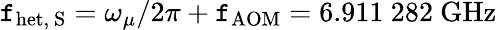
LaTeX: \mathtt{f}_{\mathrm{{het,~S}}}=\omega_{\mu}/2\pi+\mathtt{f}_{\mathrm{{AOM}}}=6.911~282~\mathrm{{GHz}}